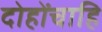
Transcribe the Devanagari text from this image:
दोहोंचाहि